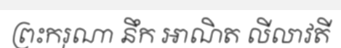
ព្រះករុណា នឹក អាណិត លីលាវតី